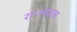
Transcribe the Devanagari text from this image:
राज्नयक